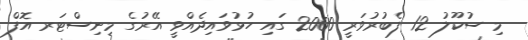
މި ސުކޫލު 12 ފެބުރުވަރީ 2000 ގައި ހުޅުވައިދެއްވީ އޭރުގެ މިނިސްޓަރ އޮފް